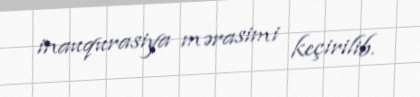
inauqurasiya mərasimi keçirilib.